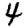
Digit: 4